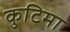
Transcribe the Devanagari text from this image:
कुटिमा